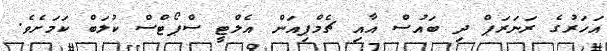
އަހަރުގެ ރަނަރަޕް ދި ބައުސް އާއި ޗެމްޕިއަން އެލްޓީ ސްޕޯޓްސް ކުލަބް ކަމަށެވެ.